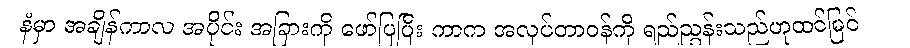
နံမှာ အချိန်ကာလ အပိုင်း အခြားကို ဖော်ပြပြီး ကာက အလုပ်တာဝန်ကို ရည်ညွှန်းသည်ဟုထင်မြင်